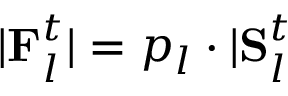
| \mathbf { F } _ { l } ^ { t } | = p _ { l } \cdot | \mathbf { S } _ { l } ^ { t }